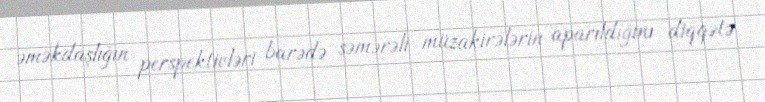
əməkdaşlığın perspektivləri barədə səmərəli müzakirələrin aparıldığını diqqətə